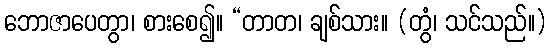
ဘောဇာပေတွာ၊ စားစေ၍။ “တာတ၊ ချစ်သား။ (တွံ၊ သင်သည်။)